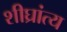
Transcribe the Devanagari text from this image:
शीघ्रांत्य